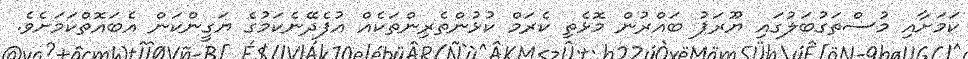
ކަމަށާއި މުސްތަގުބަލުގައި ޔޫރަޕު ބައްރުން މޮޅެތި ކެރަމް ކުޅުންތެރިންތަކެއް އުފެދޭނެކަމުގެ ޔަގީންކަން އެބައޮތްކަމަށެވެ.